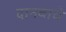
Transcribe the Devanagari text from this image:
दानवाचे